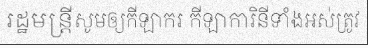
រដ្ឋមន្ត្រីសូមឲ្យកីឡាករ កីឡាការិនីទាំងអស់ត្រូវ